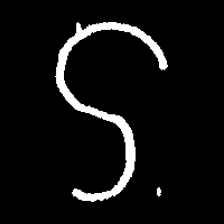
Pyu character \u2014 Myanmar letter: ဌ (romanized: ttha)